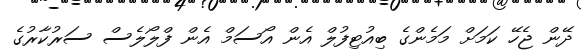
ދޭން ޖެހޭ ކަމަށް މަމެންގެ ބިއުޓިފުލް އެން އޯސަމް އެން ފްލޯލެސް ސަރުކާރުގެ